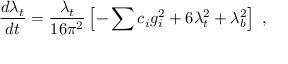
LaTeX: { \frac { d \lambda _ { t } } { d t } } = { \frac { \lambda _ { t } } { 1 6 \pi ^ { 2 } } } \left[ - \sum c _ { i } g _ { i } ^ { 2 } + 6 \lambda _ { t } ^ { 2 } + \lambda _ { b } ^ { 2 } \right] \; ,